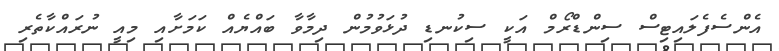
އެންސެފެލައިޓިސް ސިންޑްރޯމް އަކީ ސިކުނޑި ދުޅަވުމުން ދިމާވާ ބައްޔެއް ކަމަށާއި މިއީ ނުރައްކާތެރި